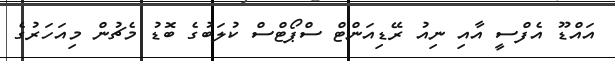
އައްޑޫ އެފްސީ އާއި ނިއު ރޭޑިއަންޓް ސްޕޯޓްސް ކުލަބުގެ ބޮޑު މެޗުން މިއަހަރުގެ